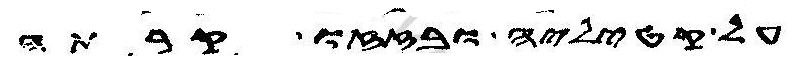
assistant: על קטיליה ובזזו קרתה